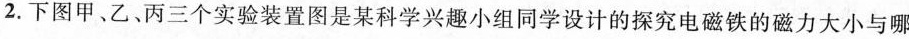
2.下图甲、乙、丙三个实验装置图是某科学兴趣小组同学设计的探究电磁铁的磁力大小与哪